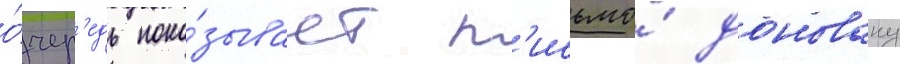
о́чер'едь пока́зывает п'исьмо́ доновану